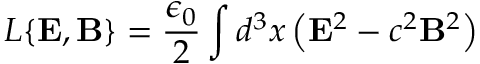
L \{ { \bf E } , { \bf B } \} = \frac { \epsilon _ { 0 } } { 2 } \int d ^ { 3 } x \left( { \bf E } ^ { 2 } - c ^ { 2 } { \bf B } ^ { 2 } \right)